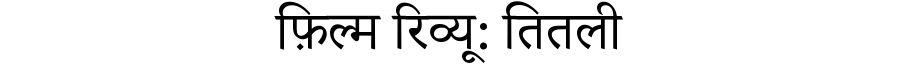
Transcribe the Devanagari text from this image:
फ़िल्म रिव्यू: तितली